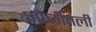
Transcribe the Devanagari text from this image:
ओळीतली